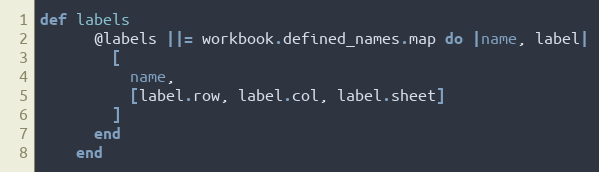
Language: Ruby
def labels
      @labels ||= workbook.defined_names.map do |name, label|
        [
          name,
          [label.row, label.col, label.sheet]
        ]
      end
    end